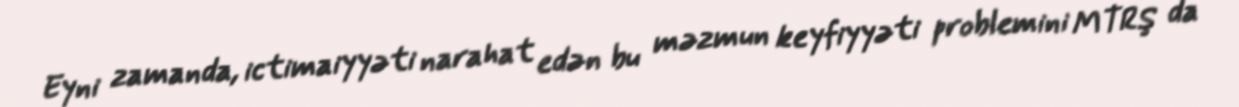
Eyni zamanda, ictimaiyyəti narahat edən bu məzmun keyfiyyəti problemini MTRŞ da